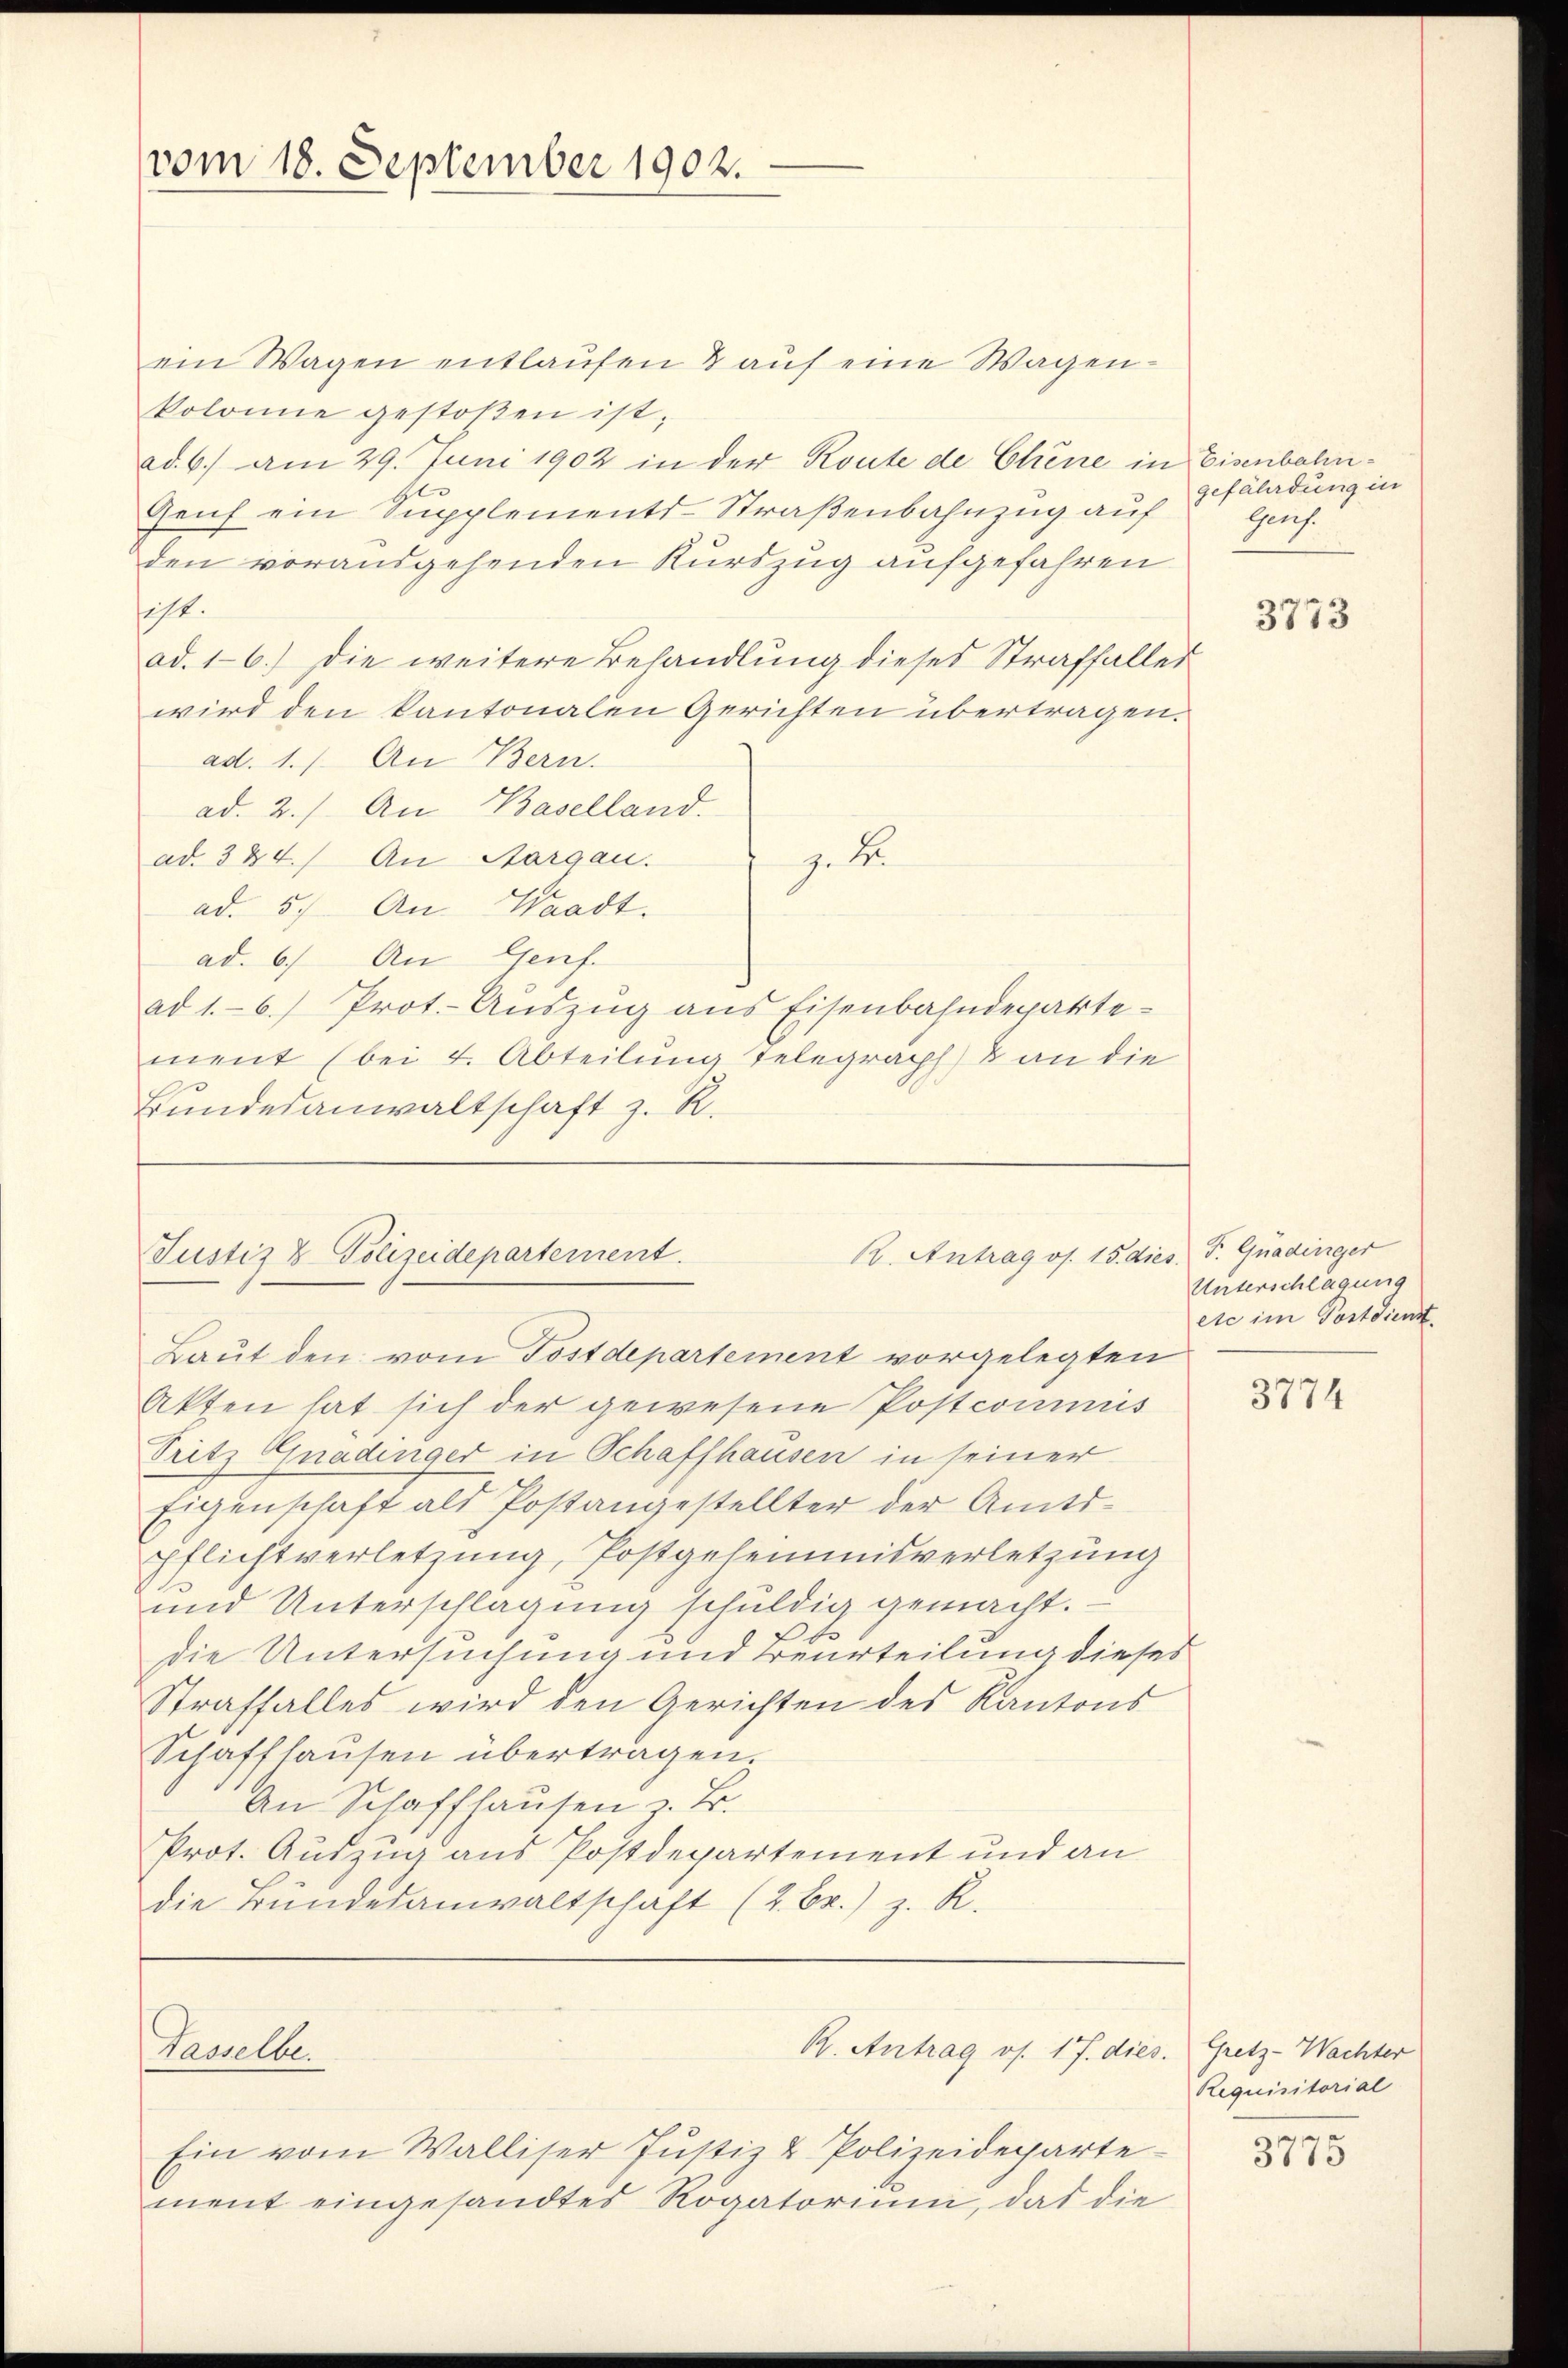
vom 18. September 1902.

ein Wagen entlaufen & auf eine Wagenkolonie gestoßen ist.
ad. 6. am 29. Juni 1902 in der Route de Chene in Eisenbahn¬
Genf ein Supplements-Straßenbahnzug auf
den vorausgehenden Kurszug aufgefahren
sicht.
ad. 16.) Die weitere Behandlung dieses Straffalles
wird den kantonalen Gerichten übertragen.
ad. 1. An Bern.
ad. 2.) An Baselland.
z. B.
ad. 324.) An Aargau.
ad. 5.) An Waadt.
ad. 6. An Genf.
ad 1.6.) Prot. Auszug aus Eisenbahndepartement (bei 4. Abteilung Telegraph & an die
Bundesanwaltschaft z. R.

R. Antrag os. 15. dies F. Quadinger
Justiz & Polizeidepartement.
Baut den vom Postdepartement vorgelegten

Tasselbe.

gefährdung in
Genf.

R. Antrag os. 17. dies. Gretz-Wachter

Ein vom Walliser Justiz & Polizeidepartement eingesandtes Rogatorium, das die

Akten hat sich der gewesene Postcommis
Tritz Gnadinger in Schaffhausen in seiner
Eigenschaft als Postangestellter der Amtspflichtverletzung, Postgehemmnisverletzung
und Unterschlagung schuldig gemacht.
s
die Untersuchung und Beurteilung dieses
Straffalles wird den Gerichten des Kantons
Schaffhausen übertragen.
An Schaffhausen z. B.
Prot. Auszug aus Postdepartement und an
die Bundesanwaltschaft (2. Br.) z. R.

3773

Unterschlagung
etc im Postdienst

3774

Requisitorial

3775